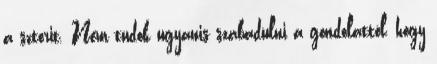
a sztorit. Nem tudok ugyanis szabadulni a gondolattól, hogy